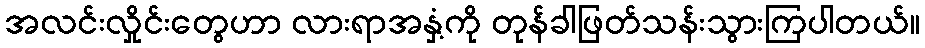
အလင်းလှိုင်းတွေဟာ လားရာအနှံ့ကို တုန်ခါဖြတ်သန်းသွားကြပါတယ်။